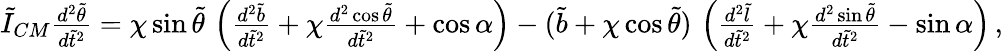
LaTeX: \begin{array}{r}{\tilde{I}_{CM}\frac{d^{2}\tilde{\theta}}{d\tilde{t}^{2}}=\chi\sin\tilde{\theta}\, \left(\frac{d^{2}\tilde{b}}{d\tilde{t}^{2}}+\chi\frac{d^{2}\cos\tilde{\theta}}{d\tilde{t}^{2}}+\cos\alpha\right)-(\tilde{b}+\chi\cos\tilde{\theta})\, \left(\frac{d^{2}\tilde{l}}{d\tilde{t}^{2}}+\chi\frac{d^{2}\sin\tilde{\theta}}{d\tilde{t}^{2}}-\sin\alpha\right)\, ,}\end{array}